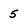
Character: 5